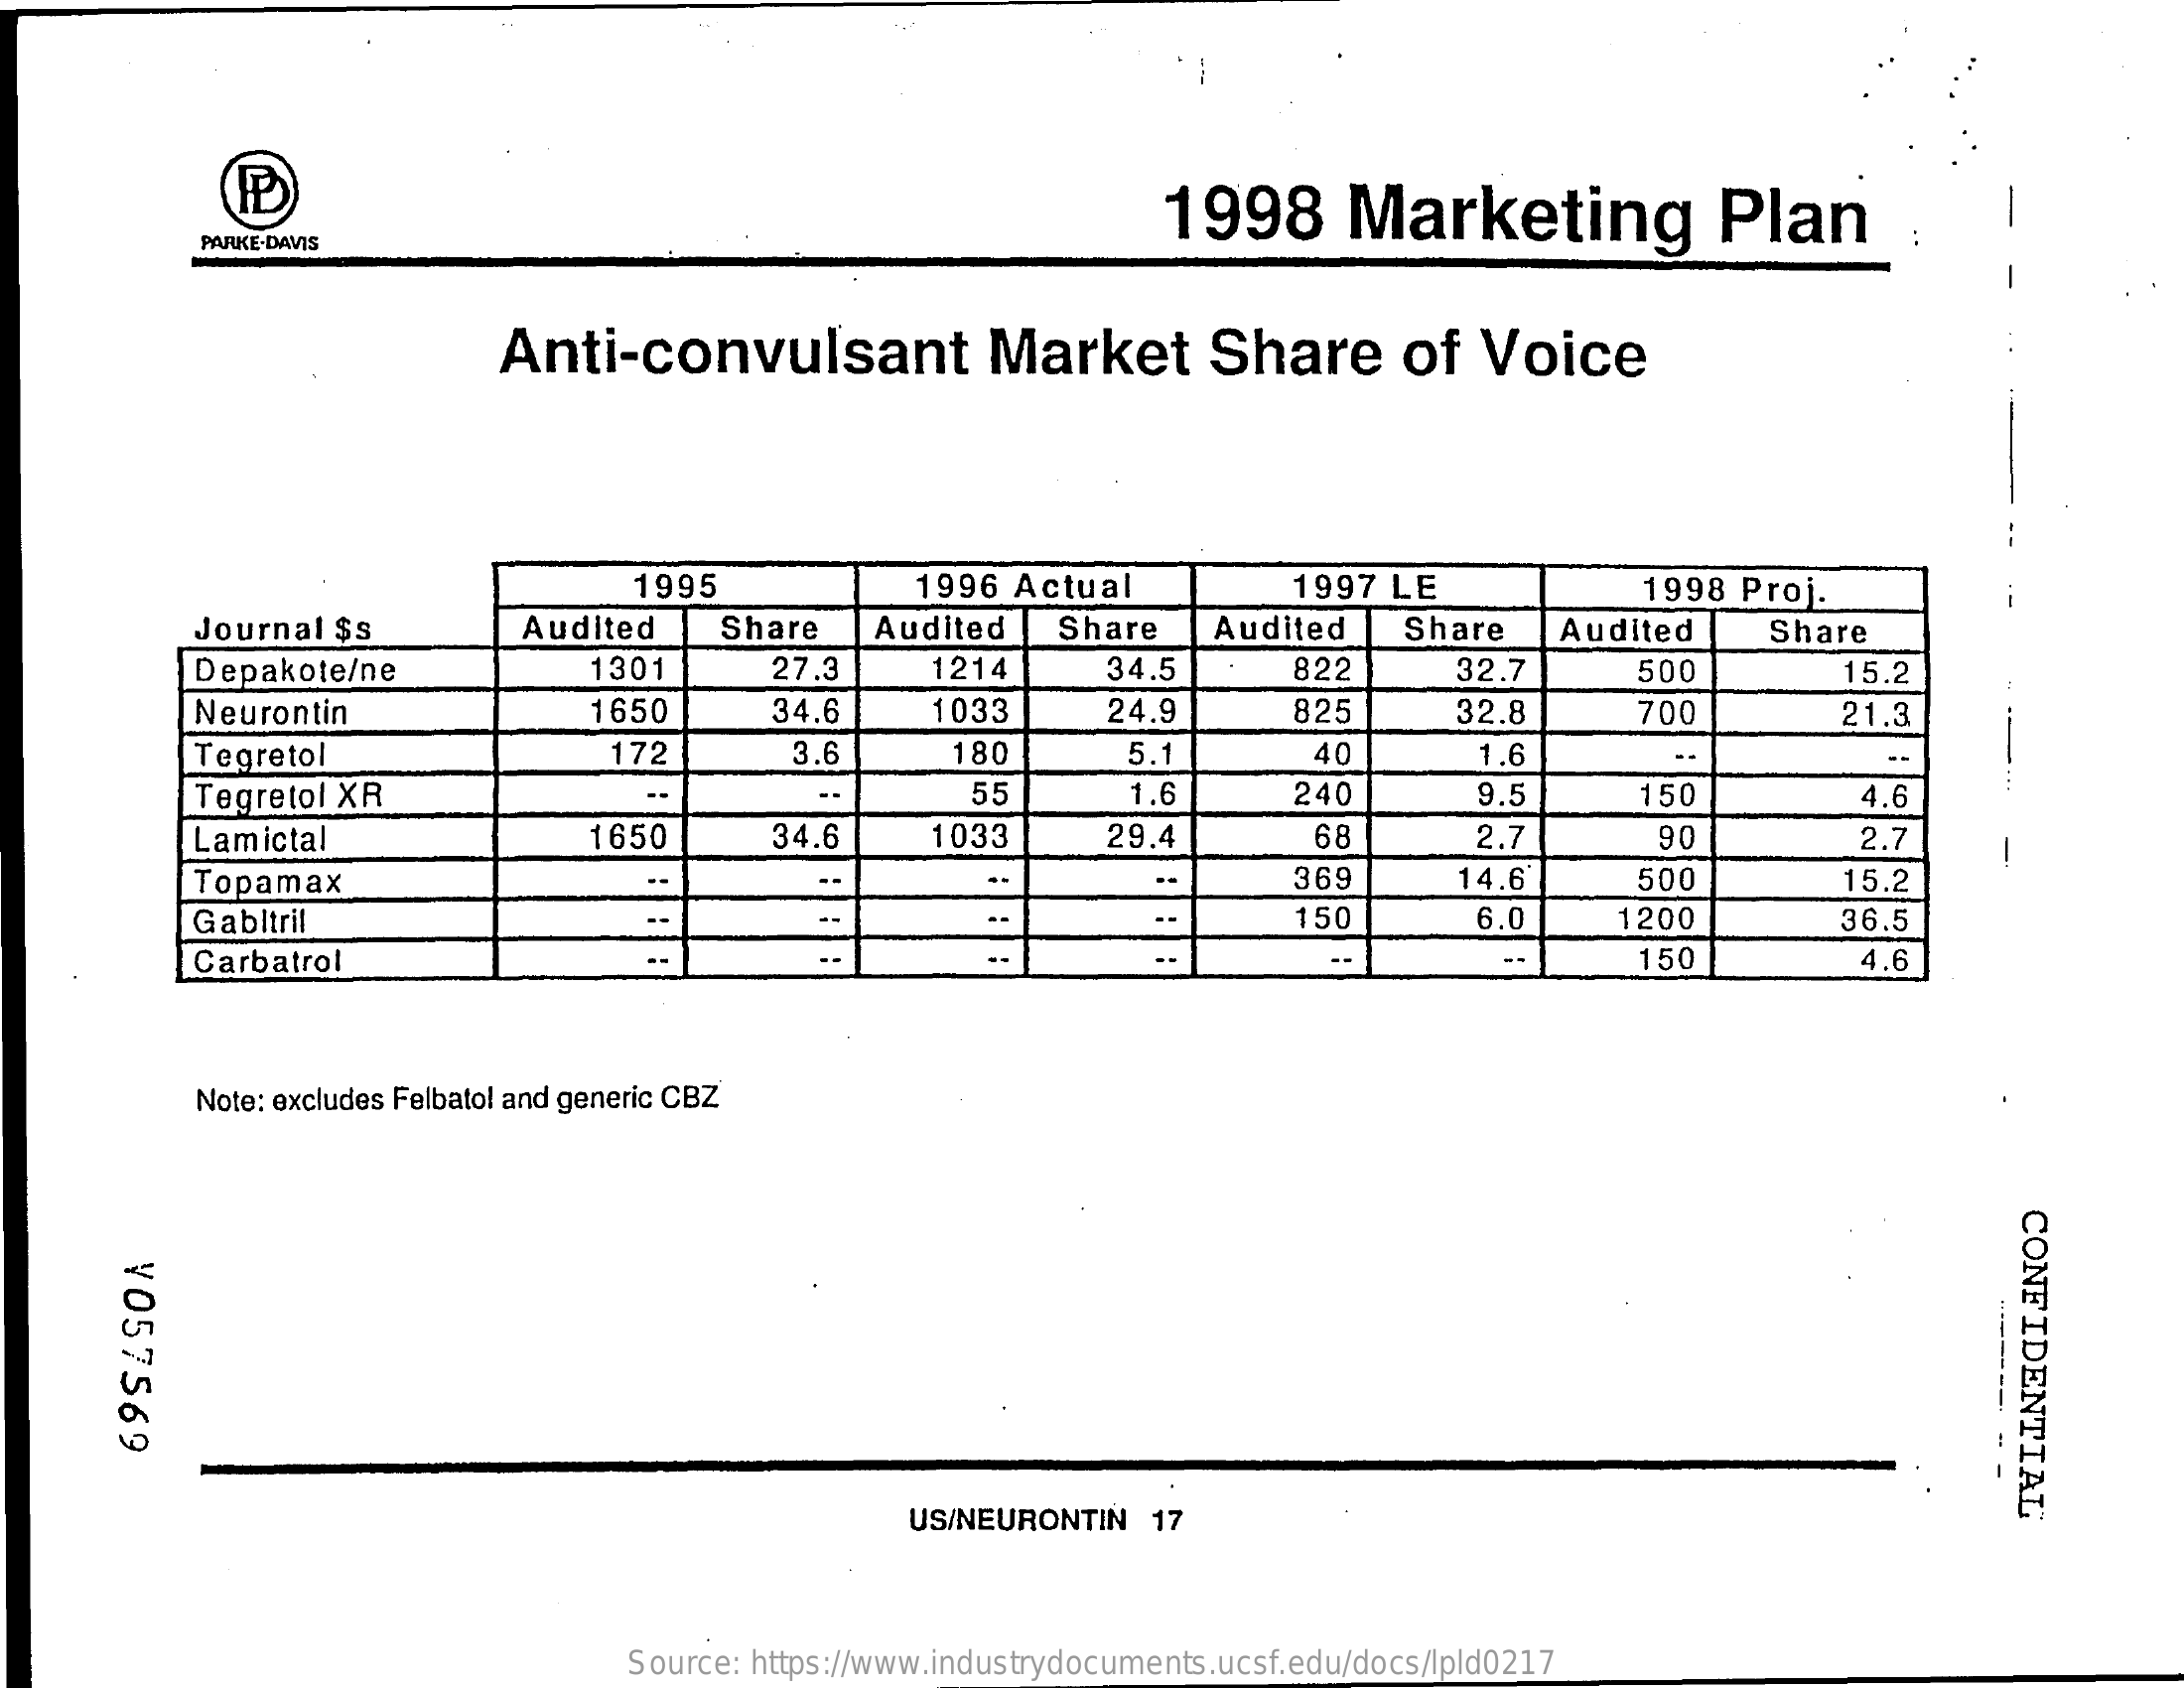
1998    Marketing    Plan
     PARKE-DAVIS
     Anti-convulsant    Market    Share    of   Voice
     1995    1996 Actual    1997  LE    1998  Proj.    --
     Journal  $s    Audited    Share    Audited    Share    Audited    Share    Audited    Share
     Depakote/ne    1301    27.3    1214    34.5    822    32.7    500    15.2
     Neurontin    1650    34.6    1033    24.9    825    32.8    700    21.3
     Tegretol    172    3.6    180    5.1    40    1.6    --
     Tegretol XR    55    1.6    240    9.5    150    4.6
     Lamictal    1650    34.6    1033    29.4    68    2.7    90    2.7
     Topamax    369    14.6    500    15.2
     Gabltril    150    6.0    1200    36.5
     Carbatrol    150    4.6
     Note: excludes Felbatol and generic CBZ
     CONFIDENTIAL ¥057569
     US/NEURONTIN    17
     Source: https://www.industrydocuments.ucsf.edu/docs/lpld0217